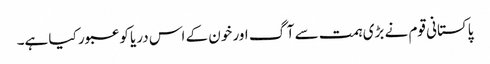
پاکستانی قوم نے بڑی ہمت سے آگ اور خون کے اس دریا کو عبور کیا ہے۔